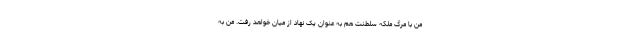
من با مرگ ملکه سلطنت هم به عنوان یک نهاد از میان خواهد رفت. من به